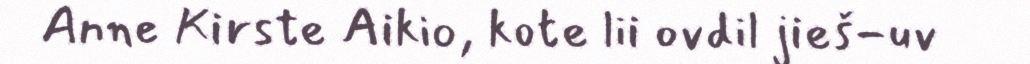
Anne Kirste Aikio, kote lii ovdil jieš-uv